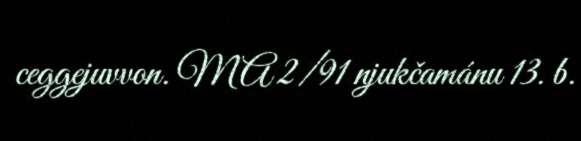
ceggejuvvon. MA 2/91 njukčamánu 13. b.